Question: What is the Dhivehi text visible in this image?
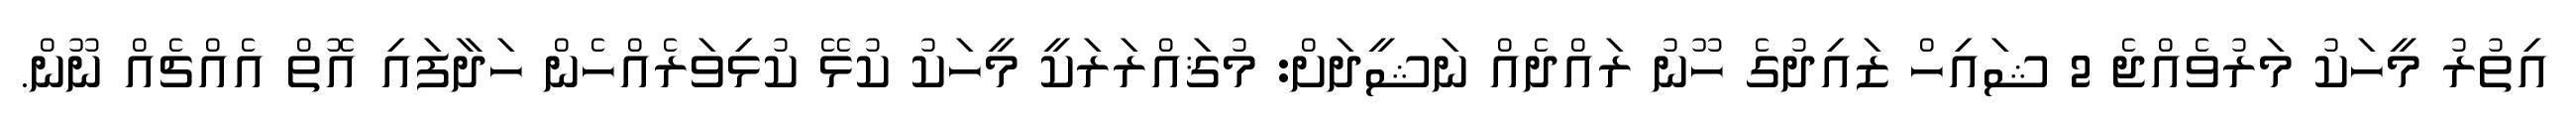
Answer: އިތުރު މީހަކު މަރުވެއްޖެ 2 ޝައިހް ޒައިދުގެ ހޫނު ރައްދެއް ނަޝީދަށް: މުޤައްރަރަކީ މީހަކު ކުޅޭ ކުޅިވަރެއްހެން ހަދާފައި އޮތް އެއްޗެއް ނޫން.